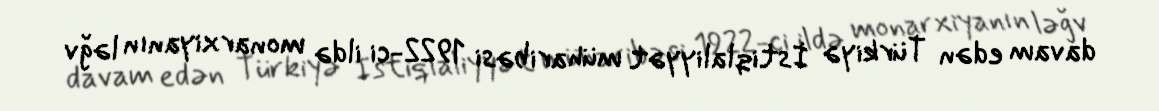
davam edən Türkiyə İstiqlaliyyət müharibəsi 1922-ci ildə monarxiyanın ləğv